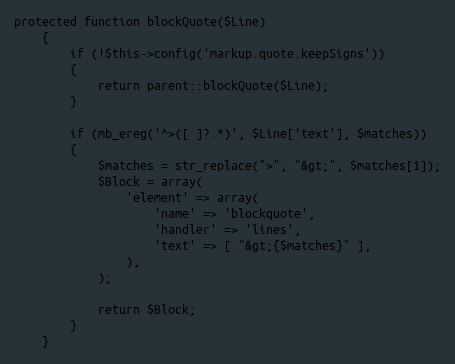
Language: PHP
protected function blockQuote($Line)
    {
        if (!$this->config('markup.quote.keepSigns'))
        {
            return parent::blockQuote($Line);
        }

        if (mb_ereg('^>([ ]?.*)', $Line['text'], $matches))
        {
            $matches = str_replace(">", "&gt;", $matches[1]);
            $Block = array(
                'element' => array(
                    'name' => 'blockquote',
                    'handler' => 'lines',
                    'text' => [ "&gt;{$matches}" ],
                ),
            );

            return $Block;
        }
    }